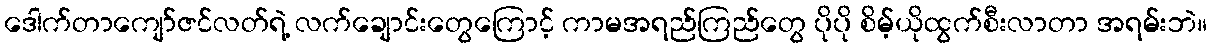
ဒေါက်တာကျော်ဇင်လတ်ရဲ့ လက်ချောင်းတွေကြောင့် ကာမအရည်ကြည်တွေ ပိုပို စိမ့်ယိုထွက်စီးလာတာ အရမ်းဘဲ။